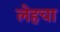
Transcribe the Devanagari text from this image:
लेहचा